Scottish Leaving Certificate Examination, 1961
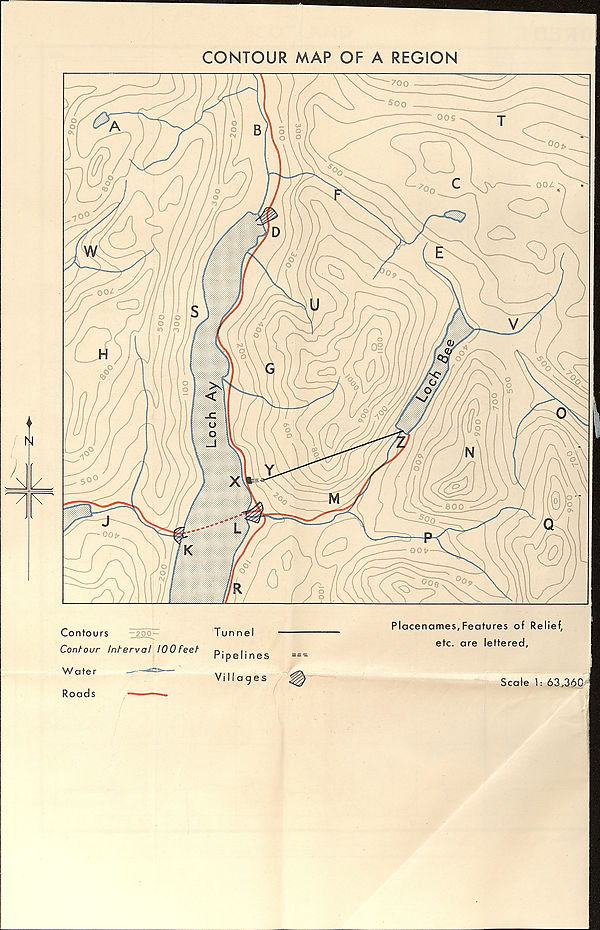
CONTOUR MAP OF A REGION
Placenames, Features of Relief,
etc. are lettered,
Contours
Conf-our Inherval lOOfeet
i
Villages
Scale 1: 63,360
Wate r
Roads